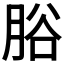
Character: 𦛱